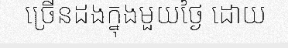
ច្រើនដងក្នុងមួយថ្ងៃ ដោយ